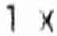
1 X